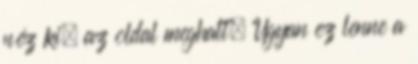
néz ki, az oldal meghalt. Ugyan ez lenne a